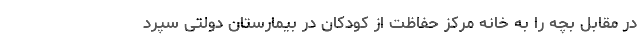
در مقابل بچه را به خانه مرکز حفاظت از کودکان در بیمارستان دولتی سپرد